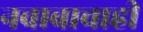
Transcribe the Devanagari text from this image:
नवाबाचाही